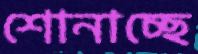
শোনাচ্ছে